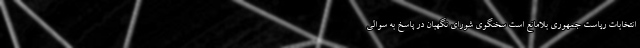
انتخابات ریاست جمهوری بلامانع است سخنگوی شورای نگهبان در پاسخ به سوالی